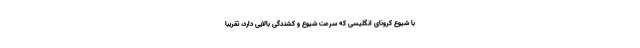
با شیوع کرونای انگلیسی که سرعت شیوع و کشندگی بالایی دارد، تقریباً